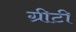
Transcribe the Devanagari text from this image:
ग्रीटी